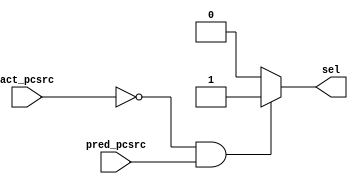
`timescale 1ns / 1ps
//////////////////////////////////////////////////////////////////////////////////
// Company: 
// Engineer: 
// 
// Design Name: 
// Module Name: which_instruc_afterbr
// Project Name: 
// Target Devices: 
// Tool Versions: 
// Description: 
// 
// Dependencies: 
// 
// Revision:
// Revision 0.01 - File Created
// Additional Comments:
// 
//////////////////////////////////////////////////////////////////////////////////


module which_instruc_afterbr(
input act_pcsrc,
input pred_pcsrc,
output reg sel
    );
    
    always @(*)
      begin
      if(~act_pcsrc&&pred_pcsrc)
        sel=1;  //pc_4
        else if(act_pcsrc&&~pred_pcsrc)
        sel=0;  //pc_x
        else 
        sel=0;
      end
endmodule